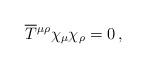
LaTeX: \begin{align*}\overline T{^{\mu\rho}}\chi_\mu\chi_\rho=0\, ,\end{align*}